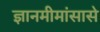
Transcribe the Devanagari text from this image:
ज्ञानमीमांसासे